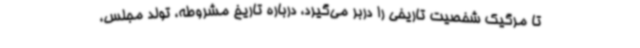
تا مرگیک شخصیت تاریخی را دربر می‌گیرد، درباره تاریخ مشروطه، تولد مجلس،